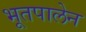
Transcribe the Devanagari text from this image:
भूतपालेन